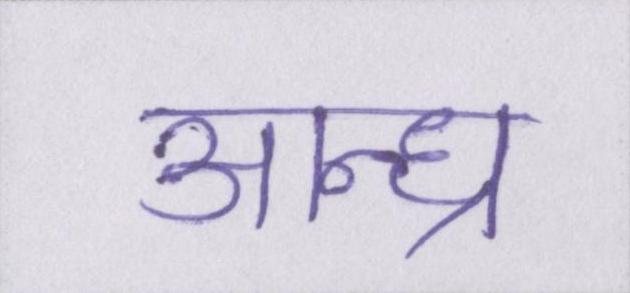
आन्ध्र